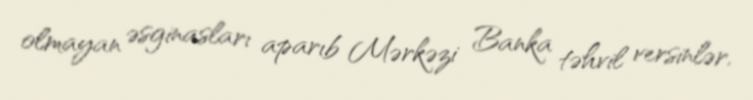
olmayan əsginasları aparıb Mərkəzi Banka təhvil versinlər.